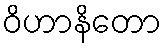
ဝိဟာနိတော